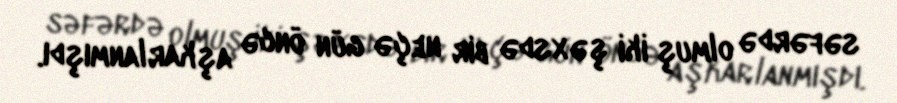
səfərdə olmuş iki şəxsdə bir neçə gün öncə aşkarlanmışdı.